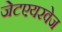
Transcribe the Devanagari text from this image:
जेटएयरवेज